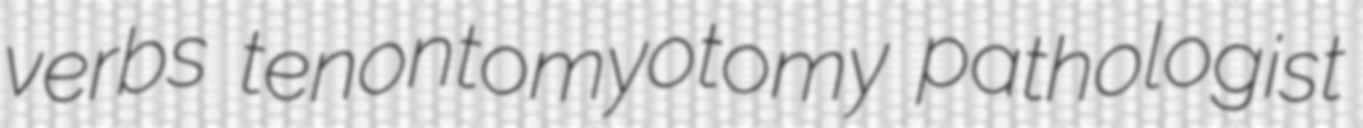
verbs tenontomyotomy pathologist